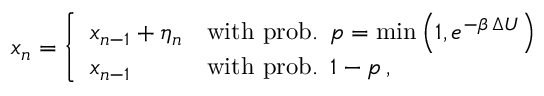
\begin{array} { r } { x _ { n } = \left\{ \begin{array} { l l } { x _ { n - 1 } + \eta _ { n } } & { \mathrm { w i t h } \, \, \mathrm { p r o b . } \, \, \, p = \mathrm { m i n } \left( 1 , e ^ { - \beta \, \Delta U } \right) \quad } \\ { x _ { n - 1 } } & { \mathrm { w i t h } \, \, \mathrm { p r o b . } \, \, \, 1 - p \, , } \end{array} \right. } \end{array}